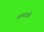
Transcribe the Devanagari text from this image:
अपराजी